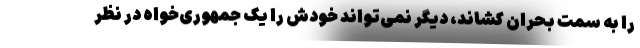
را به سمت بحران کشاند، دیگر نمی‌تواند خودش را یک جمهوری‌خواه در نظر